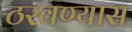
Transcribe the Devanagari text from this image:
ठरवण्यास